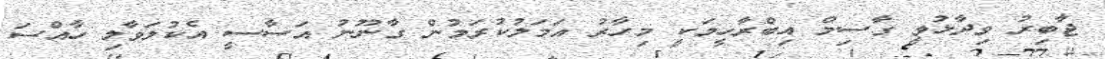
ޖާބިރު ވިދާޅުވީ ގާސިމް އިބްރާހީމަކީ މިހާރު އަމަލުކުރަމުން ގާނޫނު އަސާސީ އެކުލަވާލި ހާއްސަ